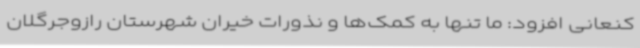
کنعانی افزود: ما تنها به کمک‌ها و نذورات خیران شهرستان رازوجرگلان